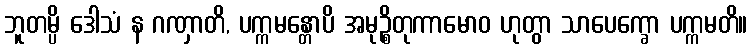
ဘူတမ္ပိ ဒေါသံ န ဂဏှာတိ, ပက္ကမန္တောပိ အမုဉ္စိတုကာမောဝ ဟုတွာ သာပေက္ခော ပက္ကမတိ။